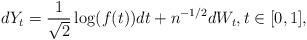
LaTeX: \begin{align*}dY_t = \frac{1}{\sqrt{2}}\log (f(t)) dt + n^{-1/2} dW_t, t\in [0,1],\end{align*}